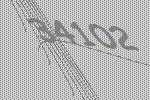
34102